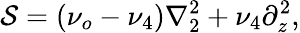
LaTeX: \mathcal{S}=(\nu_{o}-\nu_{4})\nabla_{2}^{2}+\nu_{4}\partial_{z}^{2},